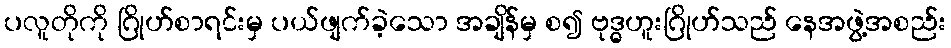
ပလူတိုကို ဂြိုဟ်စာရင်းမှ ပယ်ဖျက်ခဲ့သော အချိန်မှ စ၍ ဗုဒ္ဓဟူးဂြိုဟ်သည် နေအဖွဲ့အစည်း